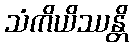
သံကိယိဿန္တိ